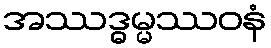
အဿဒ္ဓမ္မဿဝနံ